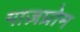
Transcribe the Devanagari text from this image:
गाज़प्रोम